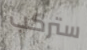
ستركب